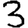
Digit: 3